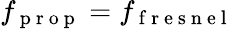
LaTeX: f_{\mathrm{~p~r~o~p~}}=f_{\mathrm{~f~r~e~s~n~e~l~}}